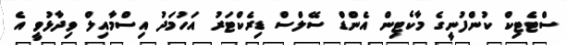
ސްޓެޓިކް ކުންފުނީގެ މާކެޓިން އެންޑް ސޭލްސް ޑިރެކްޓަރު އަހުމަދު އިސްމާއިލް ވިދާޅުވީ އެ